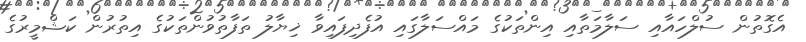
އެގޮތުން ސުލްހައާއި ސަލާމަތާއި އިންތަކުގެ މައްސަލާގައި އުފެދިފައިވާ ޚިޔާލު ތަފާތުވުންތަކުގެ އިތުރުން ކަޝްމީރުގެ